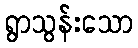
ရွာသွန်းသော